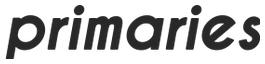
primaries